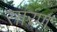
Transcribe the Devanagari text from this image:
सांरण